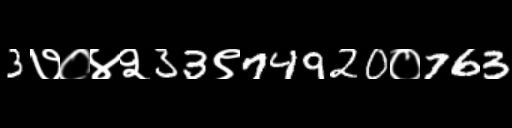
Text: 3७०४२33९74920०763